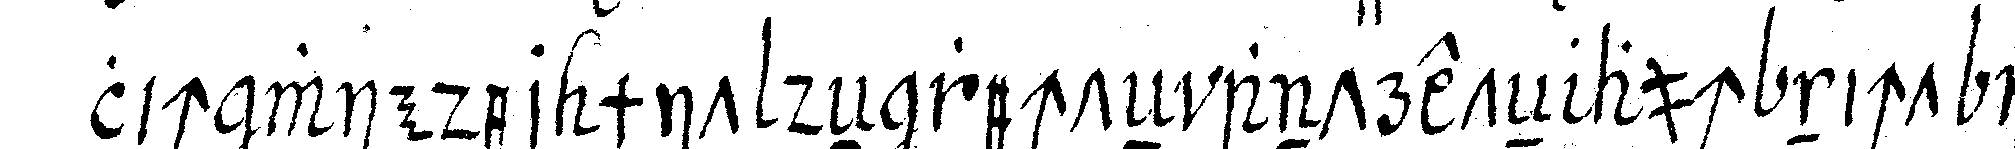
lich wieder mit deNnrechteN antreteN auch nicht in